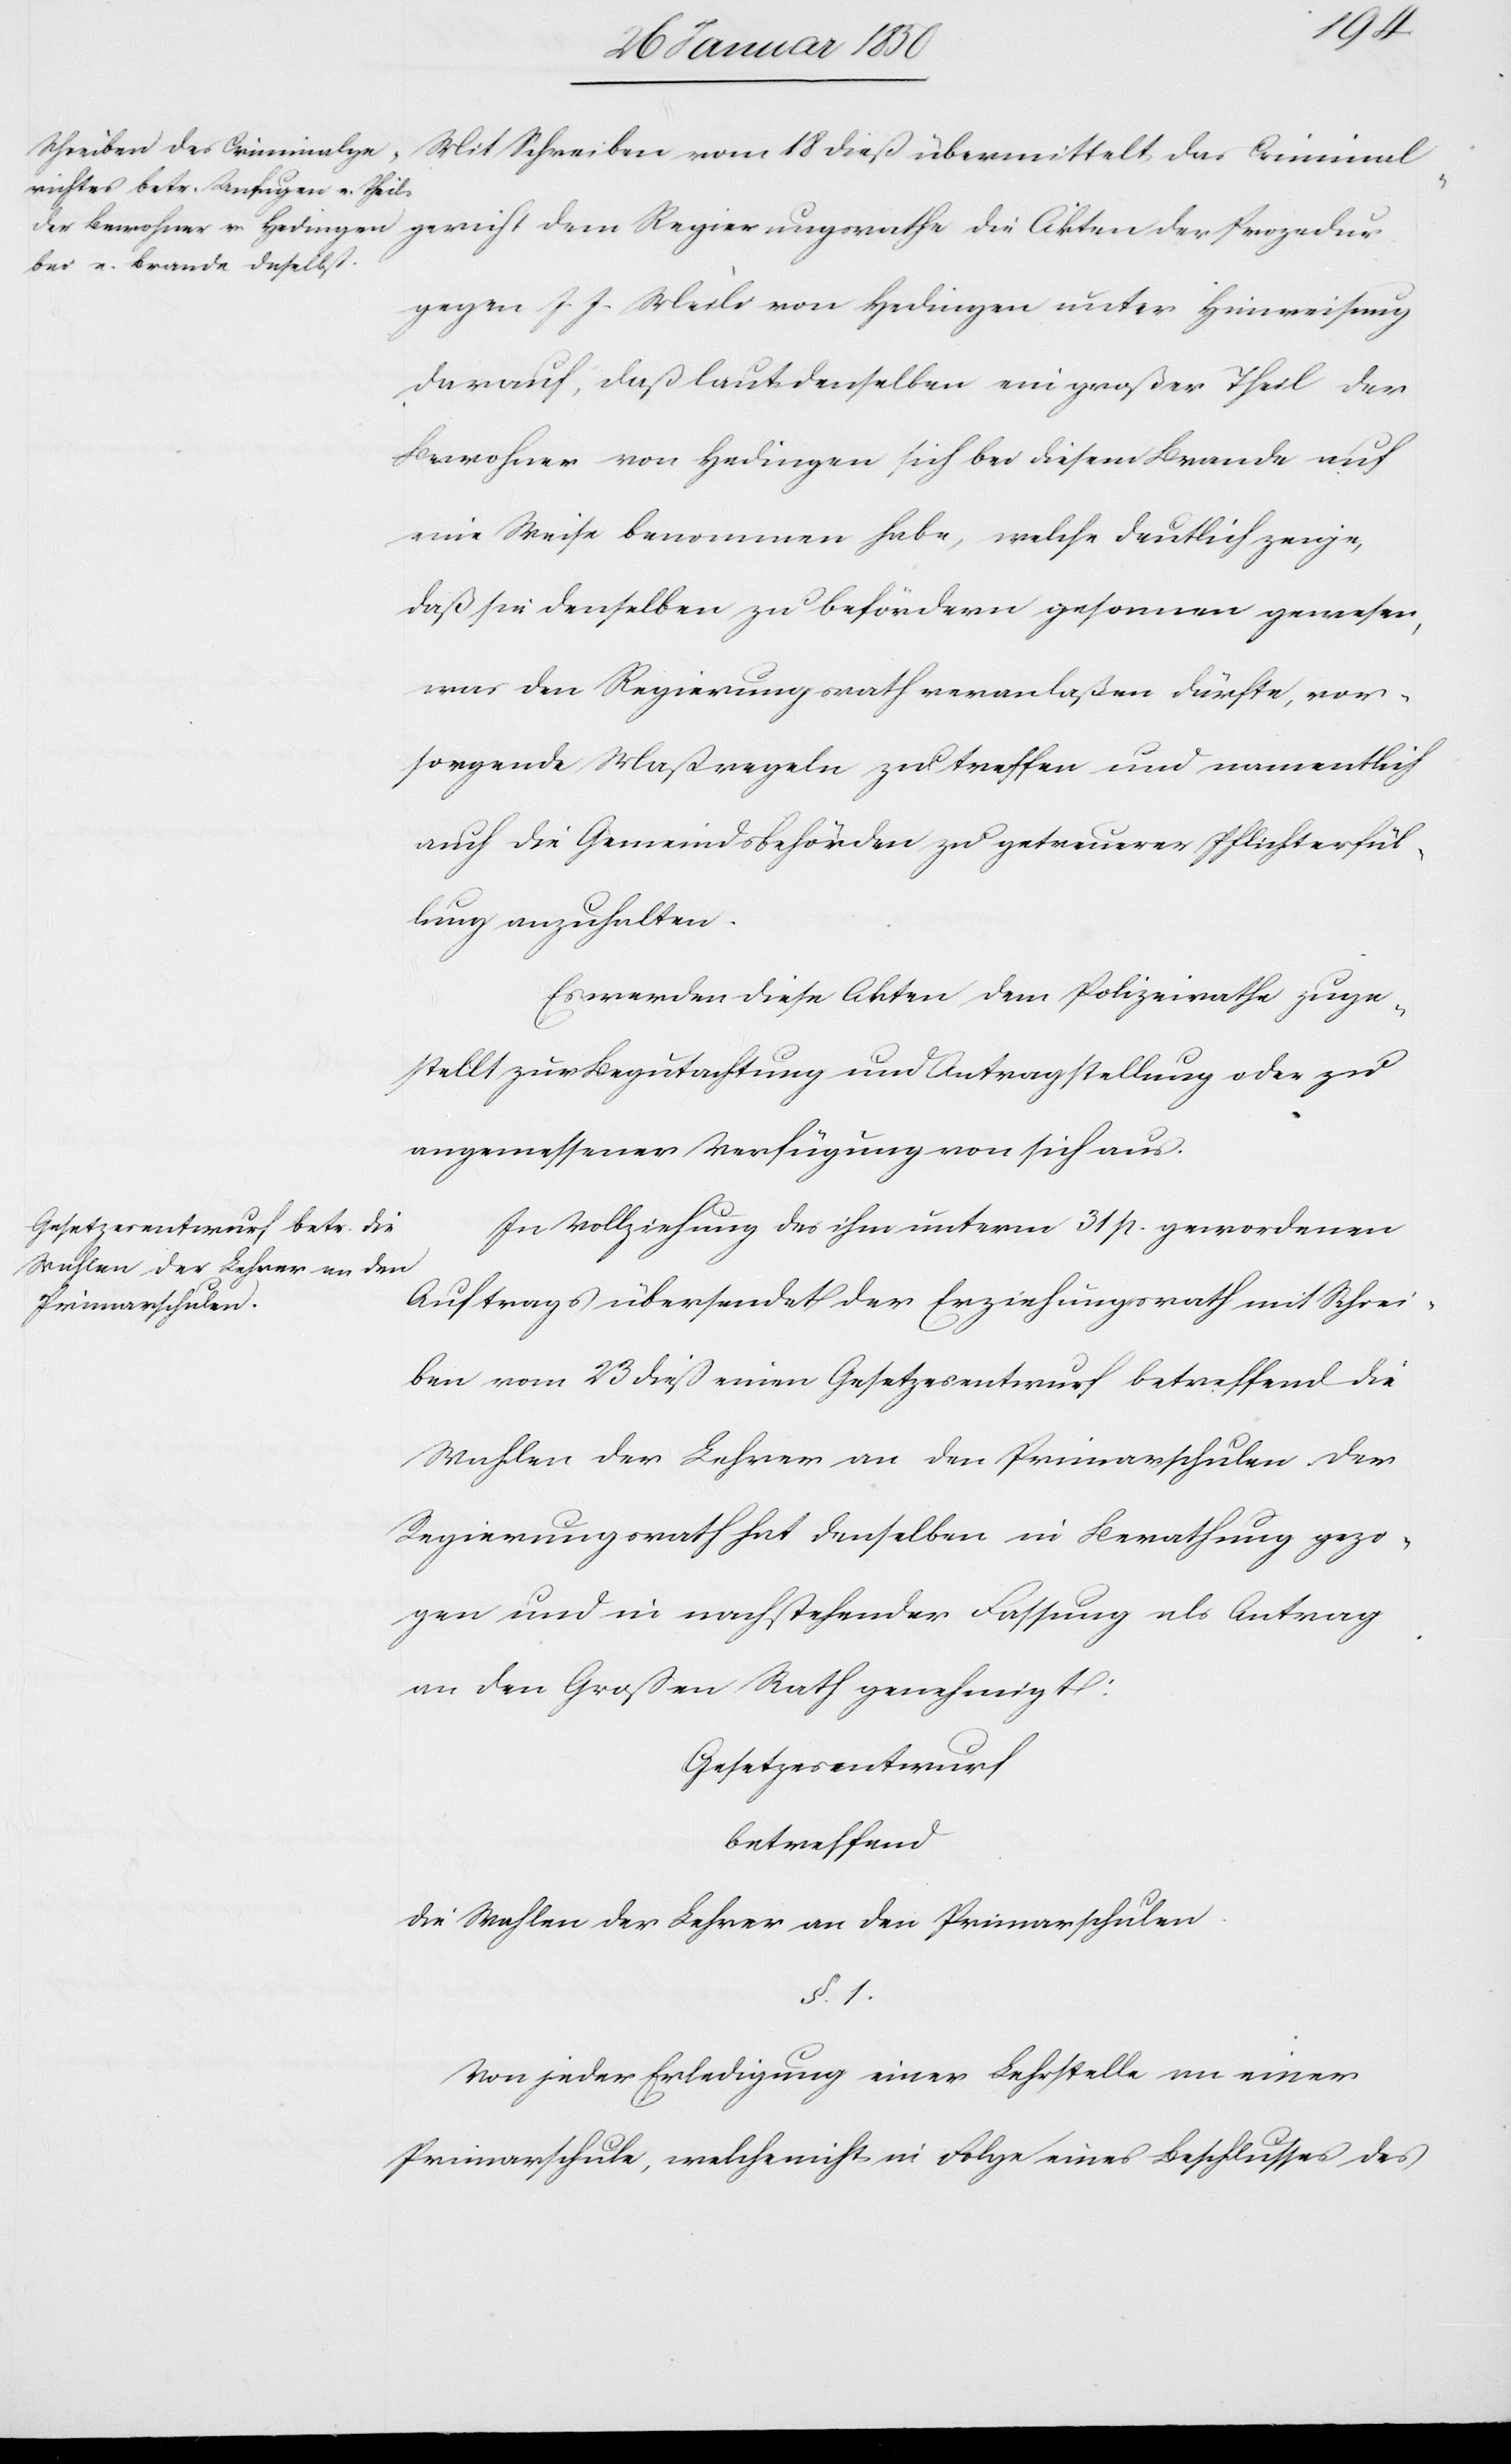
18
gegen J. J. Meili von Hedingen unter Hinweisung
darauf, daß laut denselben ein großer Theil der
Bewohner von Hedingen sich bei diesem Brande auf
eine Weise benommen habe, welche deutlich zeige,
daß sie denselben zu befördern gesonnen gewesen,
was den Regierungsrath veranlaßen dürfte, vor¬
sorgende Maßregeln zu treffen und namentlich
auch die Gemeindsbehörden zu getreuerer Pflichterfül¬
lung anzuhalten.
Es werden diese Akten dem Polizeirathe zuge¬
stellt zur Begutachtung und Antragsstellung oder zu
angemessener Verfügung von sich aus.
In Vollziehung des ihm unterm 31 p. gewordenen
Auftrags übersendet der Erziehungsrath mit Schrei¬
ben vom 23 dieß einen Gesetzesentwurf betreffend die
Wahlen der Lehrer an den Primarschulen. Der
Regierungsrath hat denselben in Berathung gezo¬
gen und in nachstehender Fassung als Antrag
an den Großen Rath genehmigt:
Gesetzesentwurf
betreffend
die Wahlen der Lehrer an den Primarschulen.
§. 1.
Von jeder Erledigung einer Lehrstelle an einer
Primarschule, welche nicht in Folge eines Beschlusses des